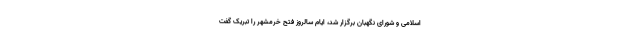
اسلامی و شورای نگهبان برگزار شد، ایام سالروز فتح خرمشهر را تبریک گفت